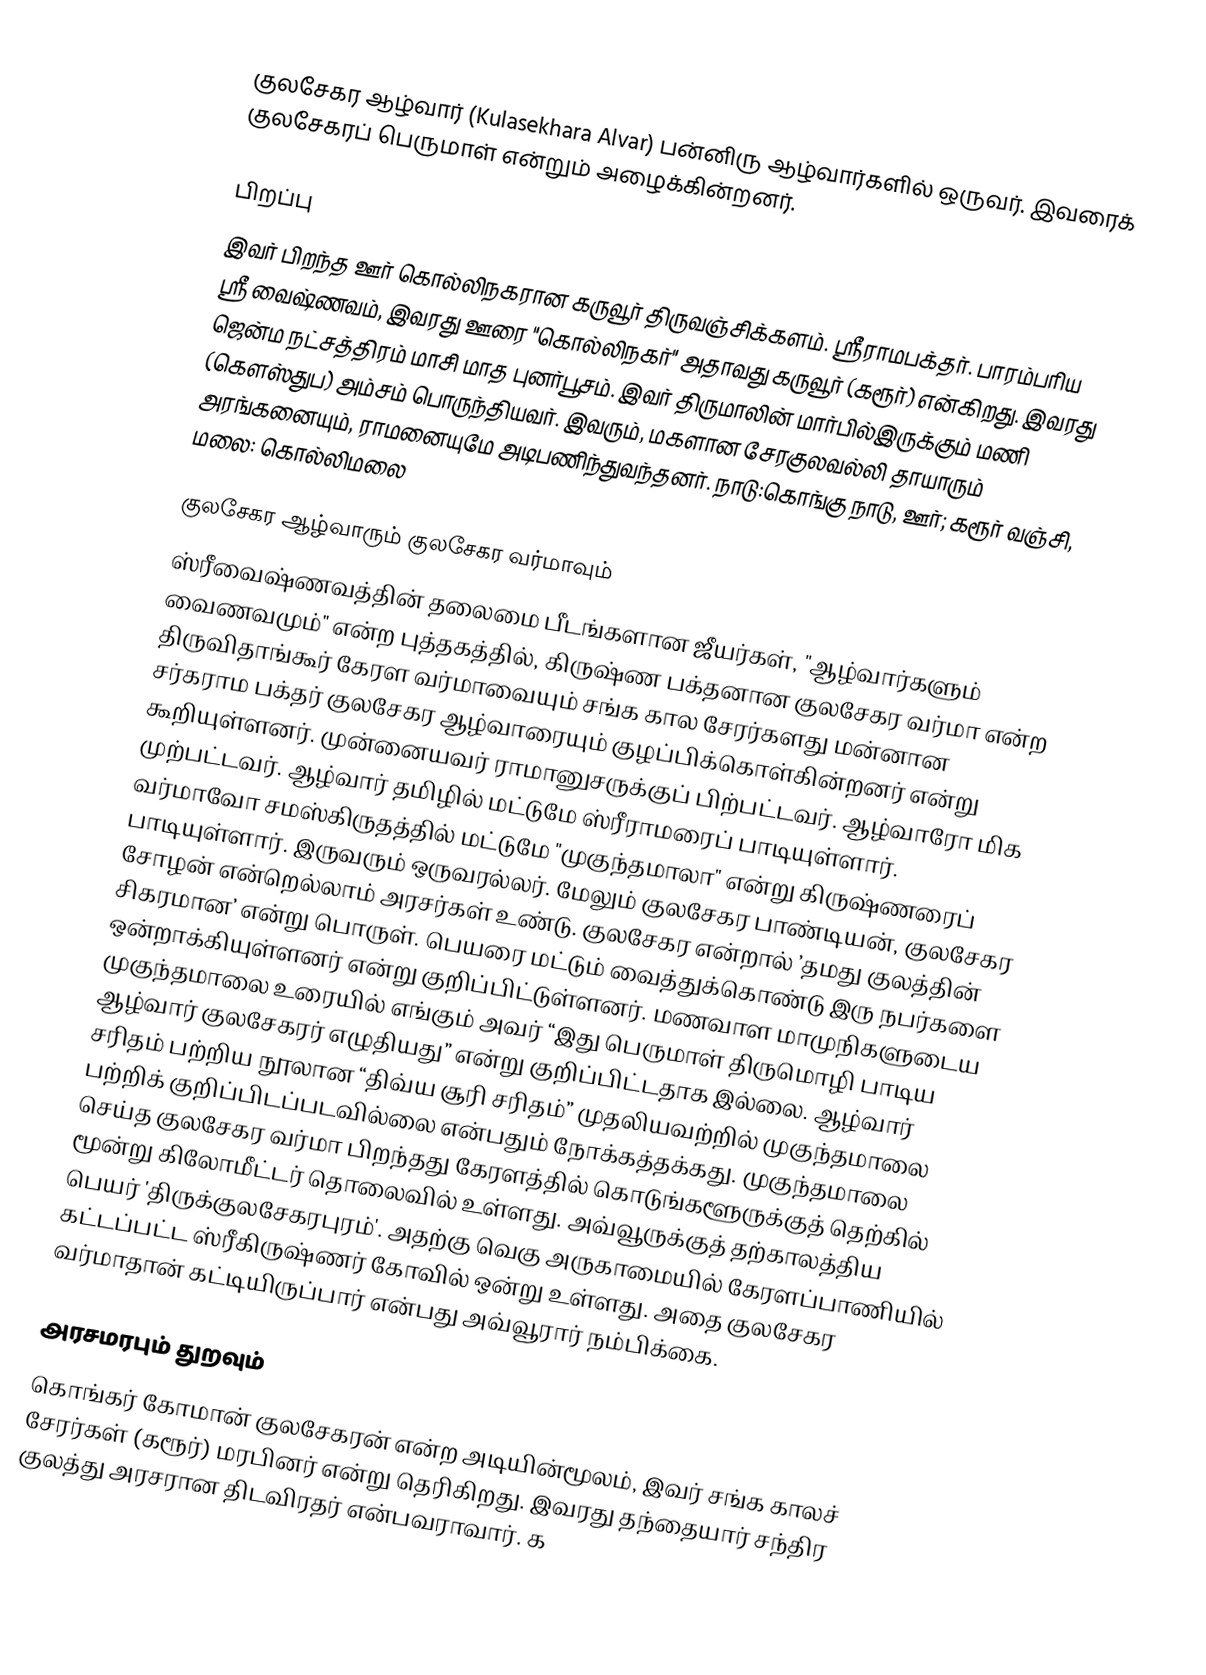
குலசேகர ஆழ்வார் (Kulasekhara Alvar) பன்னிரு ஆழ்வார்களில் ஒருவர். இவரைக் குலசேகரப் பெருமாள் என்றும் அழைக்கின்றனர்.

பிறப்பு
இவர் பிறந்த ஊர் கொல்லிநகரான கருவூர் திருவஞ்சிக்களம். ஸ்ரீராமபக்தர். பாரம்பரிய ஸ்ரீ வைஷ்ணவம், இவரது ஊரை "கொல்லிநகர்" அதாவது கருவூர் (கரூர்) என்கிறது. இவரது  ஜென்ம நட்சத்திரம் மாசி மாத புனர்பூசம். இவர் திருமாலின் மார்பில்இருக்கும் மணி (கௌஸ்துப) அம்சம் பொருந்தியவர். இவரும், மகளான சேரகுலவல்லி தாயாரும் அரங்கனையும், ராமனையுமே அடிபணிந்துவந்தனர். நாடு:கொங்கு நாடு, ஊர்; கரூர் வஞ்சி, மலை: கொல்லிமலை

குலசேகர ஆழ்வாரும் குலசேகர வர்மாவும்
ஸ்ரீவைஷ்ணவத்தின் தலைமை பீடங்களான ஜீயர்கள், "ஆழ்வார்களும் வைணவமும்" என்ற புத்தகத்தில், கிருஷ்ண பக்தனான குலசேகர வர்மா என்ற திருவிதாங்கூர் கேரள வர்மாவையும் சங்க கால சேரர்களது மன்னான சர்கராம பக்தர் குலசேகர ஆழ்வாரையும் குழப்பிக்கொள்கின்றனர் என்று கூறியுள்ளனர். முன்னையவர் ராமானுசருக்குப் பிற்பட்டவர். ஆழ்வாரோ மிக முற்பட்டவர். ஆழ்வார் தமிழில் மட்டுமே ஸ்ரீராமரைப் பாடியுள்ளார். வர்மாவோ சமஸ்கிருதத்தில் மட்டுமே "முகுந்தமாலா" என்று கிருஷ்ணரைப் பாடியுள்ளார். இருவரும் ஒருவரல்லர். மேலும் குலசேகர பாண்டியன், குலசேகர சோழன் என்றெல்லாம் அரசர்கள் உண்டு. குலசேகர என்றால் ’தமது குலத்தின் சிகரமான’ என்று பொருள். பெயரை மட்டும் வைத்துக்கொண்டு இரு நபர்களை ஒன்றாக்கியுள்ளனர் என்று குறிப்பிட்டுள்ளனர். மணவாள மாமுநிகளுடைய முகுந்தமாலை உரையில் எங்கும் அவர் “இது பெருமாள் திருமொழி பாடிய ஆழ்வார் குலசேகரர் எழுதியது” என்று குறிப்பிட்டதாக இல்லை. ஆழ்வார் சரிதம் பற்றிய நூலான “திவ்ய சூரி சரிதம்” முதலியவற்றில் முகுந்தமாலை பற்றிக் குறிப்பிடப்படவில்லை என்பதும் நோக்கத்தக்கது.  முகுந்தமாலை செய்த குலசேகர வர்மா பிறந்தது கேரளத்தில் கொடுங்களூருக்குத் தெற்கில் மூன்று கிலோமீட்டர் தொலைவில் உள்ளது. அவ்வூருக்குத் தற்காலத்திய பெயர் 'திருக்குலசேகரபுரம்'. அதற்கு வெகு அருகாமையில் கேரளப்பாணியில் கட்டப்பட்ட ஸ்ரீகிருஷ்ணர் கோவில் ஒன்று உள்ளது. அதை குலசேகர வர்மாதான் கட்டியிருப்பார் என்பது அவ்வூரார் நம்பிக்கை.

அரசமரபும் துறவும்
கொங்கர் கோமான் குலசேகரன் என்ற அடியின்மூலம், இவர் சங்க காலச் சேரர்கள் (கரூர்) மரபினர் என்று தெரிகிறது. இவரது தந்தையார் சந்திர குலத்து அரசரான திடவிரதர் என்பவராவார். க